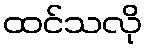
ထင်သလို